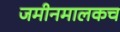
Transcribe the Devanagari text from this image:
जमीनमालकच